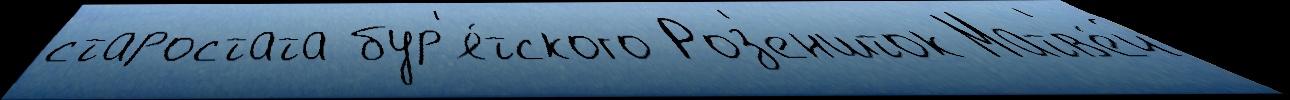
старостата бур'я́тского Роз'еншток Матв'е́й